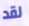
لقد